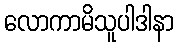
လောကာမိသူပါဒါနာ